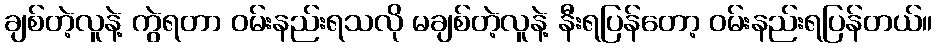
ချစ်တဲ့လူနဲ့ ကွဲရတာ ဝမ်းနည်းရသလို မချစ်တဲ့လူနဲ့ နီးရပြန်တော့ ဝမ်းနည်းရပြန်တယ်။